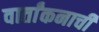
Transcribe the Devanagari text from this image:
वार्तांकनाची